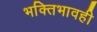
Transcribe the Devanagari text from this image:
भक्तिभावही